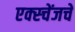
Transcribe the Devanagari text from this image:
एक्स्चेंजचे